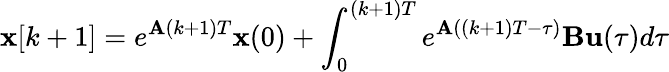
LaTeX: \mathbf{x}[k+1]=e^{\mathbf{A}(k+1)T}\mathbf{x}(0)+\int_{0}^{(k+1)T}e^{\mathbf{A}((k+1)T-\tau)}\mathbf{B}\mathbf{u}(\tau)d\tau